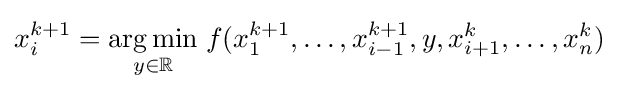
x_{i}^{k+1}={\underset {y\in \mathbb {R} }{\operatorname {arg\,min} }}\;f(x_{1}^{k+1},\dots ,x_{i-1}^{k+1},y,x_{i+1}^{k},\dots ,x_{n}^{k})